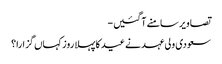
تصاویر سامنے آگئیں -
سعودی ولی عہد نے عید کا پہلا روز کہاں گزارا؟